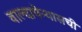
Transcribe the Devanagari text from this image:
वाल्दापेन्यासची